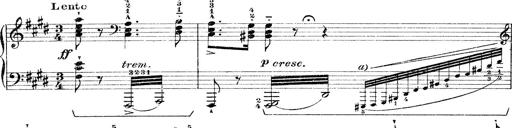
Title: Rapsodie: 19 ungheresi, 1 spagnuola
Composer: Franz Liszt